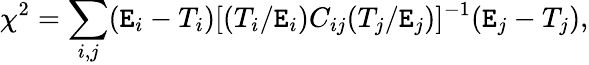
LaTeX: \chi^{2}=\sum_{i,j}(\mathtt{E}_{i}-T_{i})[(T_{i}/\mathtt{E}_{i})C_{ij}(T_{j}/\mathtt{E}_{j})]^{-1}(\mathtt{E}_{j}-T_{j}),